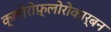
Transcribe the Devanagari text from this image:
क्लोरोफ़्लोरोकार्बन